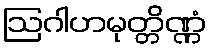
ဩဂါဟမုတ္တိဏ္ဏံ